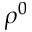
\rho ^ { 0 }